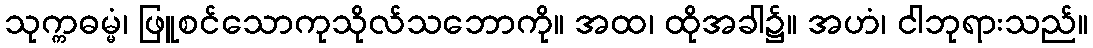
သုက္ကဓမ္မံ၊ ဖြူစင်သောကုသိုလ်သဘောကို။ အထ၊ ထိုအခါ၌။ အဟံ၊ ငါဘုရားသည်။